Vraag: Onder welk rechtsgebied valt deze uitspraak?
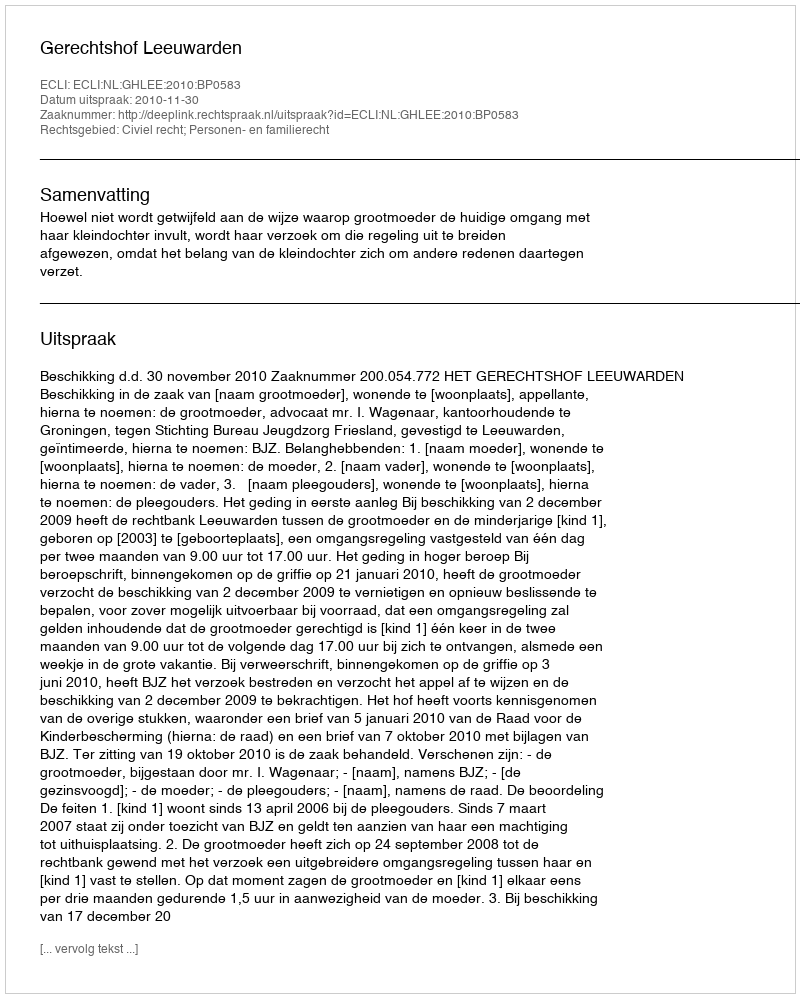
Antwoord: Civiel recht; Personen- en familierecht